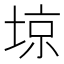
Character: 𡌿